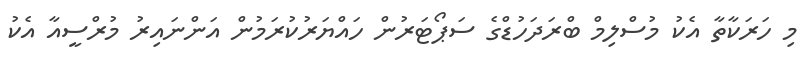
މި ހަރަކާތާ އެކު މުސްލިމް ބްރަދަހުޑްގެ ސަޕޯޓަރުން ހައްޔަރުކުރަމުން އަންނައިރު މުރްސީއާ އެކު